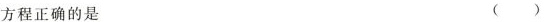
方程正确的是 ( )